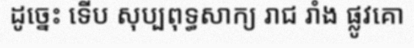
ដូច្នេះ ទើប សុប្បពុទ្ធសាក្យ រាជ រាំង ផ្លូវគោ